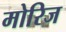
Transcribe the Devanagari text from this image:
मोरिज